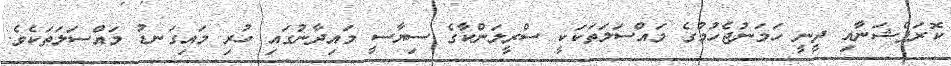
ކޮރަޕްޝަނާއި ދީނީ ހަމަނުޖެހުމުގެ މައްސަލަތަކަކީ ސްރީލަންކާގެ ސިޔާސީ މައިދާނުގައި ހުރި މައިގަނޑު މައްސަލަތަކެވެ.